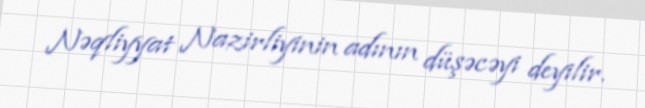
Nəqliyyat Nazirliyinin adının düşəcəyi deyilir.